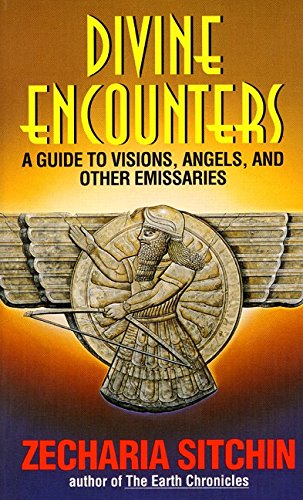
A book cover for Divine Encounters: A Guide to Visions, Angels and Other Emissaries; Zecharia Sitchin; Science & Math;